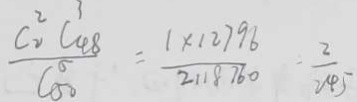
\frac { C _ { 2 } ^ { 2 } C _ { 4 8 } ^ { 3 } } { C _ { 5 0 } ^ { 5 } } = \frac { 1 \times 1 2 7 9 8 } { 2 1 8 7 6 0 } = \frac { 2 } { 2 4 5 }